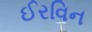
ઈરવિન